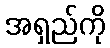
အရှည်ကို